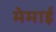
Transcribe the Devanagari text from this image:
मेमाई